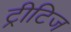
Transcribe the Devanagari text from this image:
ट्रीटिज